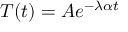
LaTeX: T ( t ) = A e ^ { - \lambda \alpha t }